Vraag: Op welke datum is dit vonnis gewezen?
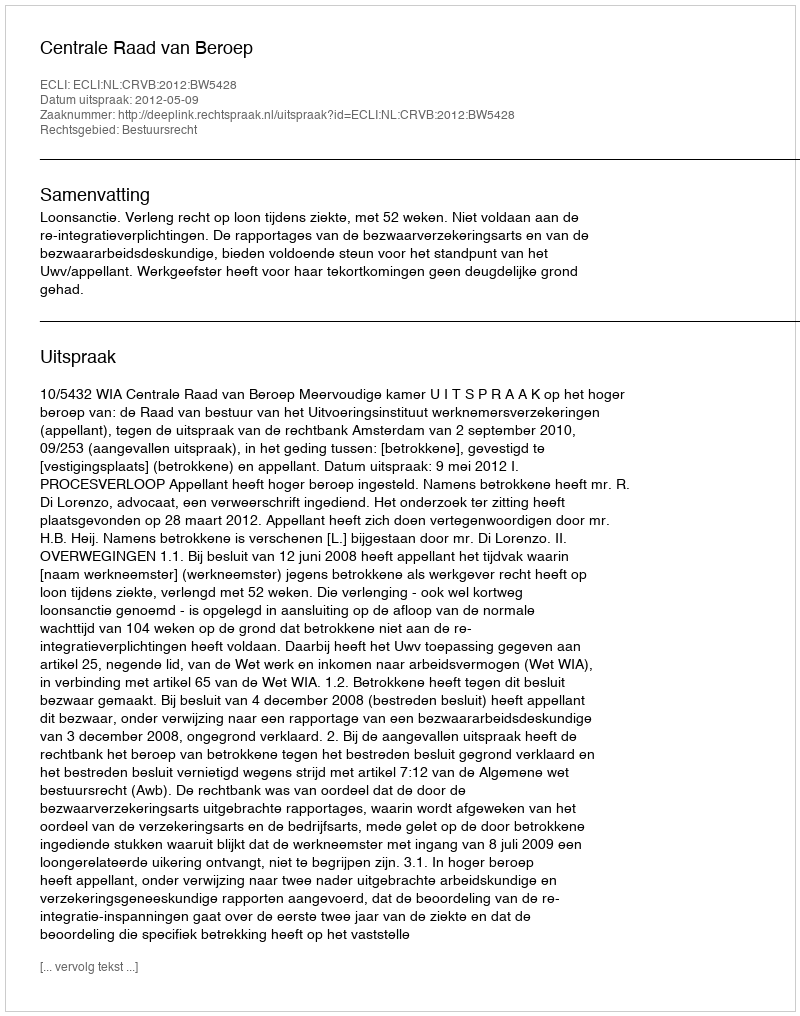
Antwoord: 2012-05-09